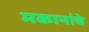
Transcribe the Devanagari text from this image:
मकानांचे